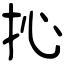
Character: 抋